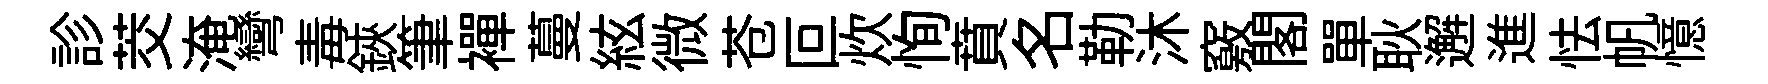
診茭淹彎毒鋏筆襌蔓絃微苍叵炊恂賁名勒沐竅閣單耿邂進怯帆憶